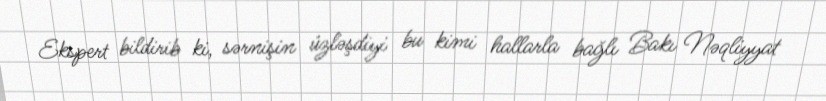
Ekspert bildirib ki, sərnişin üzləşdiyi bu kimi hallarla bağlı Bakı Nəqliyyat